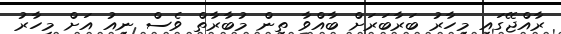
ރާއްޖޭގައި މިހާރު ބަރާބަރަށް ބާއްވާ ތިން މުބާރާތް ވެސް ނިއު އަށް މިހާރު